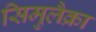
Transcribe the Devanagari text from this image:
सिमुलैक्रा